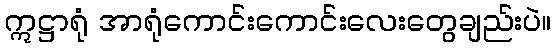
ဣဋ္ဌာရုံ အာရုံကောင်းကောင်းလေးတွေချည်းပဲ။